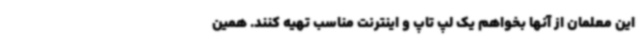
این معلمان از آنها بخواهم یک لپ تاپ و اینترنت مناسب تهیه کنند. همین